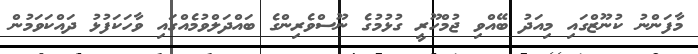
މާފަންނު ކުނޫޒްގައި މިއަދު ބޭއްވި ޖުމްހޫރީ ގުޅުމުގެ ނޫސްވެރިންގެ ބައްދަލްވުމެއްގައި ވާހަކަފުޅު ދައްކަވަމުން